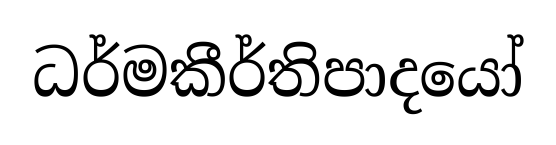
ධර්මකීර්තිපාදයෝ